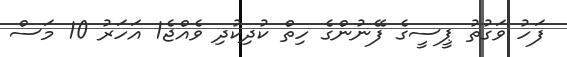
ފަހު ވަގުތު ޕީސީގެ ފޭނުންގެ ހިތް ކުދިކުދި ވެއްޖެ1 އަހަރު 10 މަސް